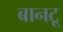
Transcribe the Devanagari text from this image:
बानटू